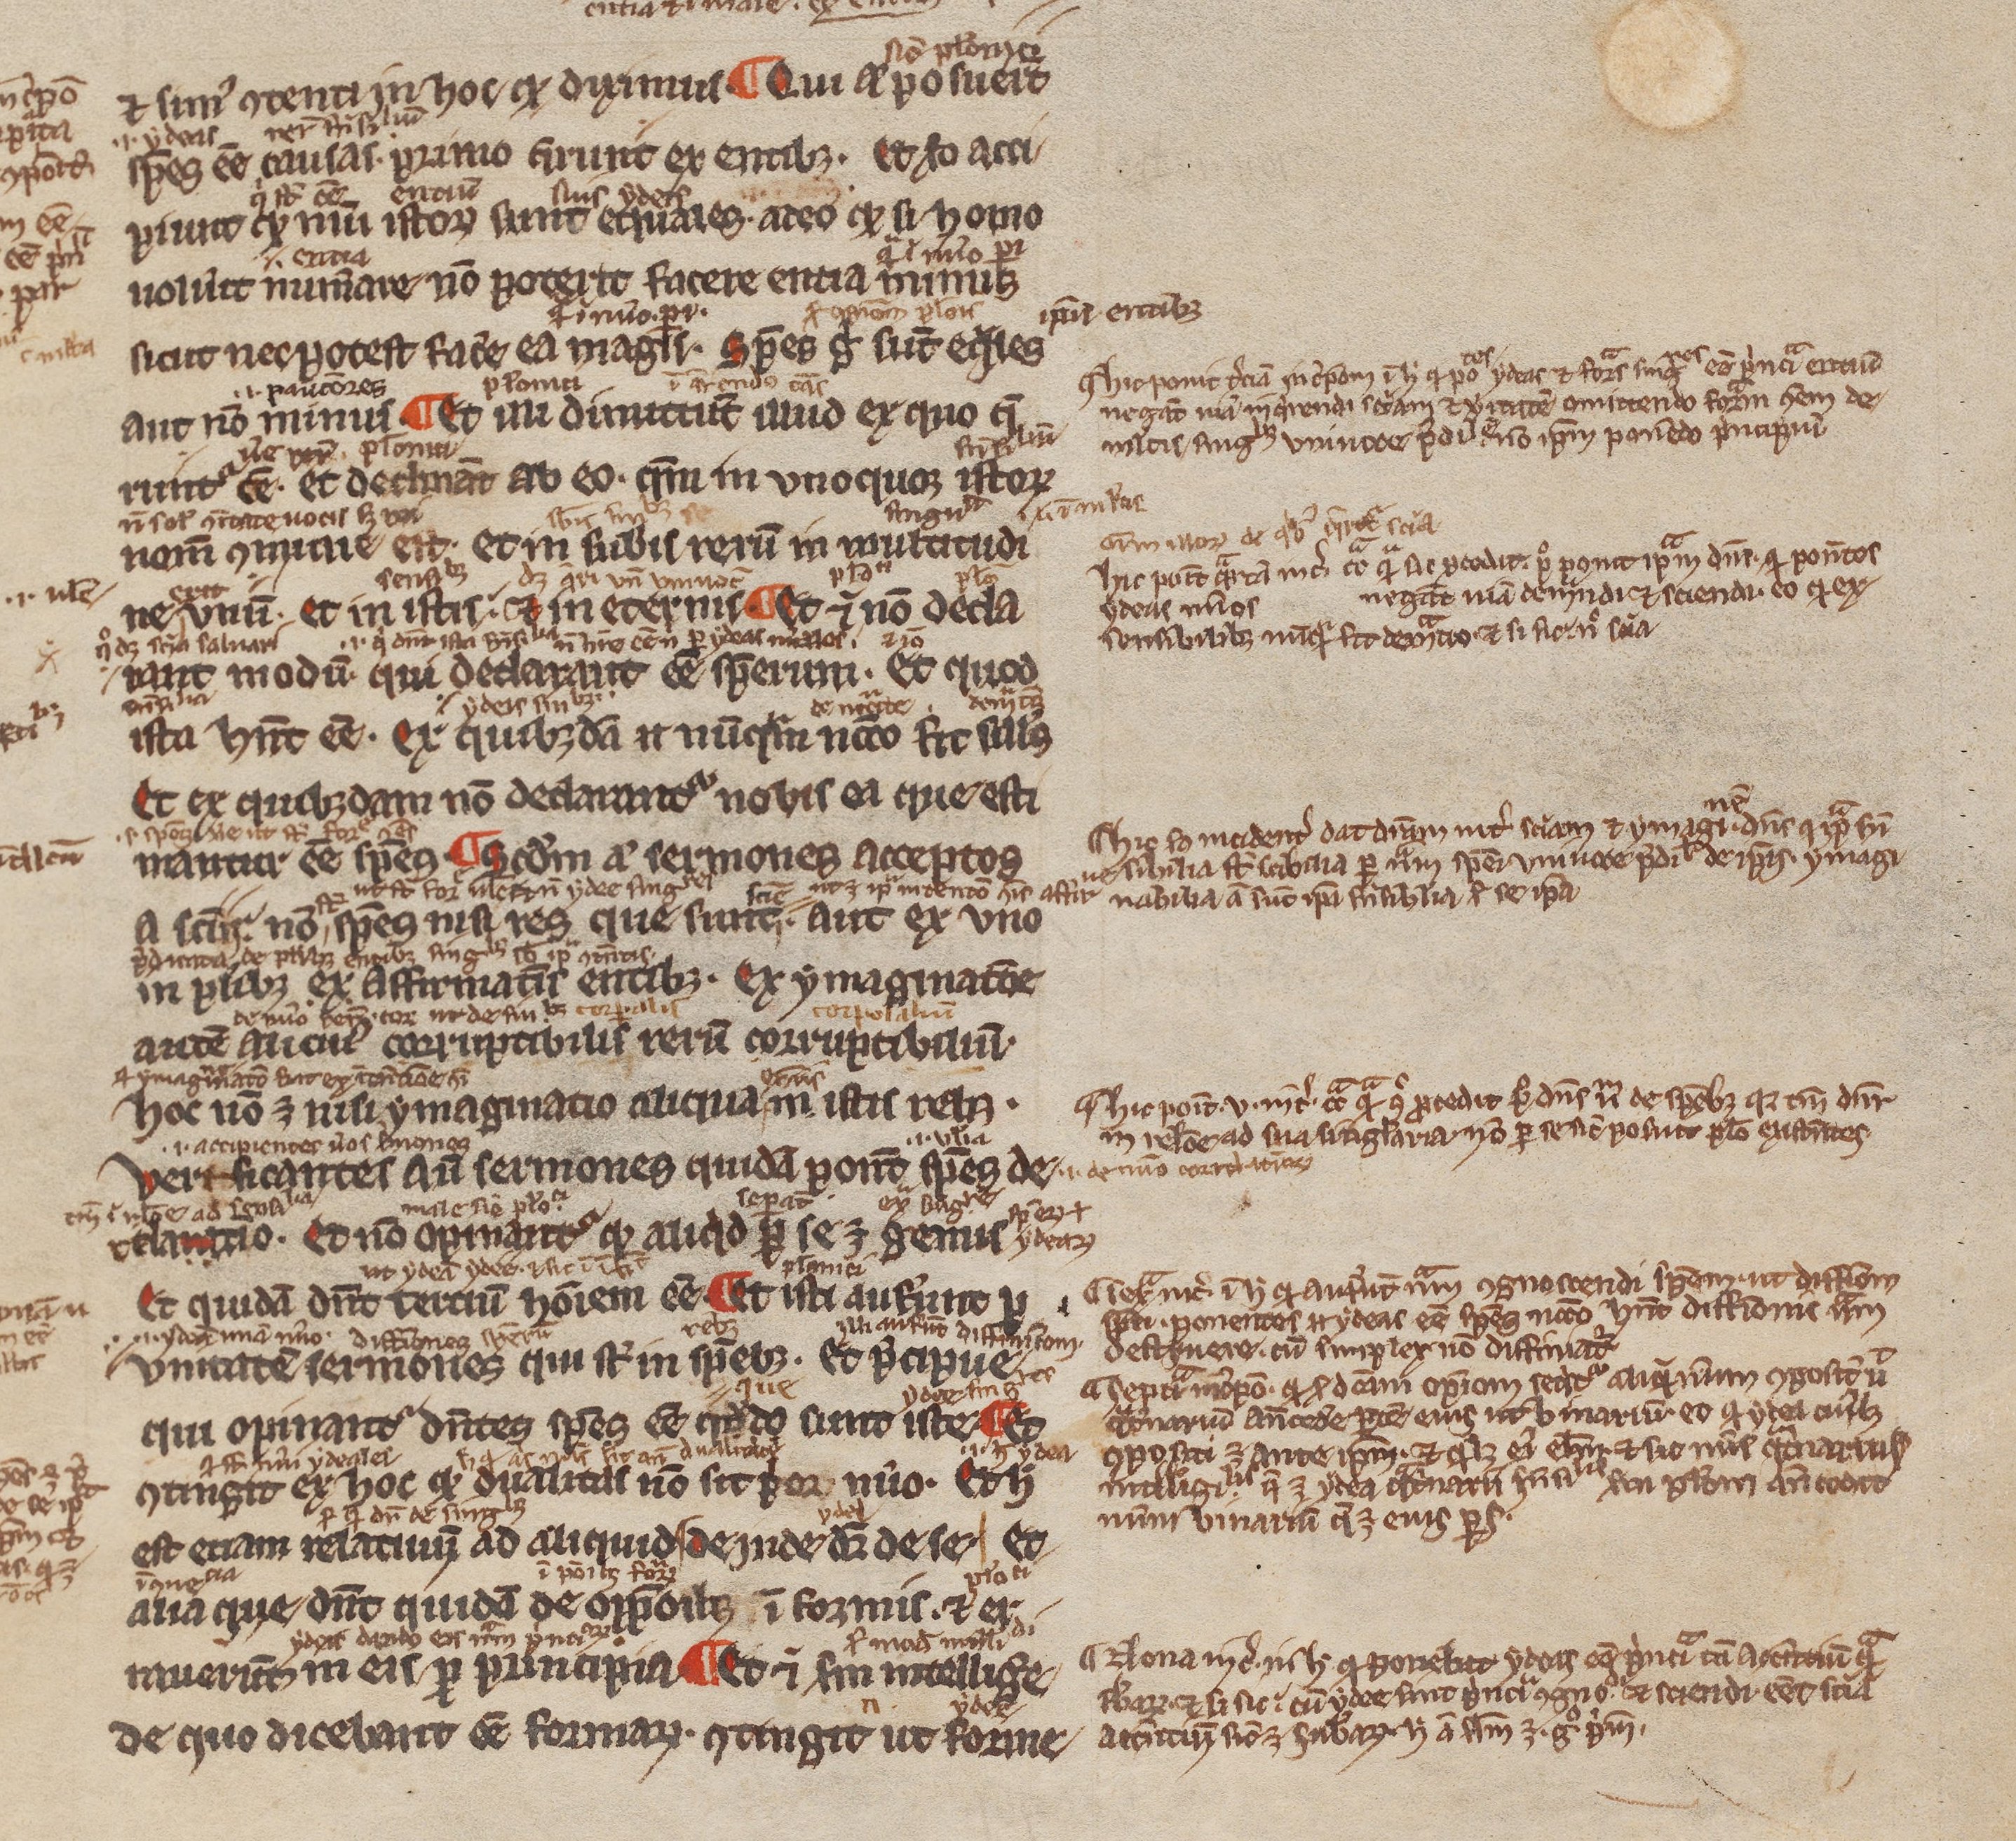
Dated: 1200–1299